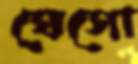
ঘেসো